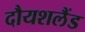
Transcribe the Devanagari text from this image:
दौयशलैंड